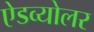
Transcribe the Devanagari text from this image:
ऐडव्योलर